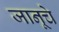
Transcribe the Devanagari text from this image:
जानूचे